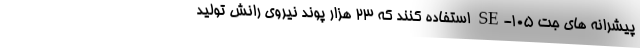
پیشرانه های جت SE-105 استفاده کنند که 23 هزار پوند نیروی رانش تولید